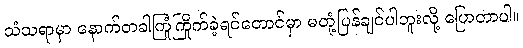
သံသရာမှာ နောက်တခါကြုံကြိုက်ခဲ့ရင်တောင်မှာ မတုံ့ပြန်ချင်ပါဘူးလို့ ပြောတာပါ။